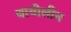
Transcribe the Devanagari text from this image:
वायोलीन